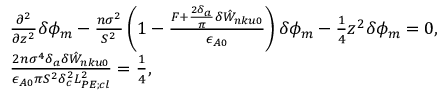
\begin{array} { r l } & { \frac { \partial ^ { 2 } } { \partial z ^ { 2 } } \delta \phi _ { m } - \frac { n \sigma ^ { 2 } } { S ^ { 2 } } \left( 1 - \frac { F + \frac { 2 \delta _ { a } } { \pi } \delta { \hat { W } } _ { n k u 0 } } { \epsilon _ { A 0 } } \right) \delta \phi _ { m } - \frac { 1 } { 4 } z ^ { 2 } \delta \phi _ { m } = 0 , } \\ & { \frac { 2 n \sigma ^ { 4 } \delta _ { a } \delta { \hat { W } } _ { n k u 0 } } { \epsilon _ { A 0 } \pi S ^ { 2 } \delta _ { c } ^ { 2 } L _ { P E ; c l } ^ { 2 } } = \frac { 1 } { 4 } , } \end{array}